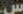
س